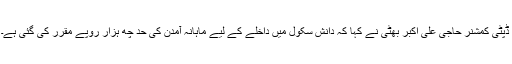
ڈپٹی کمشنر حاجی علی اکبر بھٹی نے کہا کہ دانش سکول میں داخلے کے لیے ماہانہ آمدن کی حد چھ ہزار روپے مقرر کی گئی ہے۔